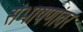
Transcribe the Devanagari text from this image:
संभाषणांवर